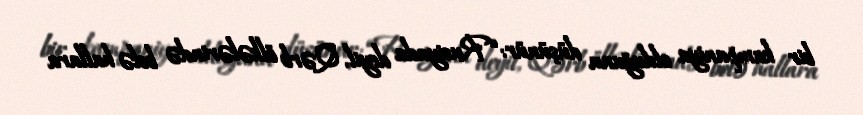
bir kampaniya olduğunu düşünür: “Rusiyada deyil, Qərb ölkələrində belə hallara